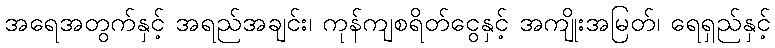
အရေအတွက်နှင့် အရည်အချင်း၊ ကုန်ကျစရိတ်ငွေနှင့် အကျိုးအမြတ်၊ ရေရှည်နှင့်